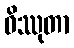
ဝိဿုတာ